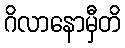
ဂိလာနောမှီတိ